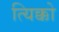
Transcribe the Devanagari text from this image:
त्यिक्को